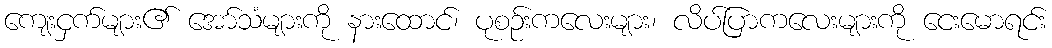
ကျေးငှက်များ၏ အော်သံများကို နားထောင်၊ ပုစဉ်းကလေးများ၊ လိပ်ပြာကလေးများကို ငေးမောရင်း